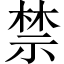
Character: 禁